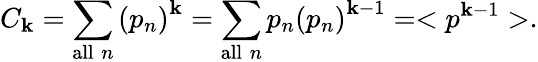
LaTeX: C_{\mathbf{k}}=\sum_{\mathrm{{all}}\; n}\left(p_{n}\right)^{\mathbf{k}}=\sum_{\mathrm{{all}}\; n}p_{n}\left(p_{n}\right)^{\mathbf{k}-1}=<p^{\mathbf{k}-1}>.